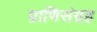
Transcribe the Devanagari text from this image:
प्राणिसंग्रह